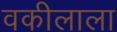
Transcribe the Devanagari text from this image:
वकीलाला